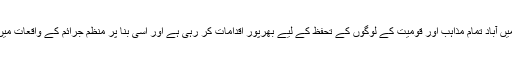
صوبائی حکومت کا کہنا ہے کہ وہ بلوچسان میں آباد تمام مذاہب اور قومیت کے لوگوں کے تحفظ کے لیے بھرپور اقدامات کر رہی ہے اور اسی بنا پر منظم جرائم کے واقعات میں ماضی کی نسبت کمی دیکھنے میں آئی ہے۔